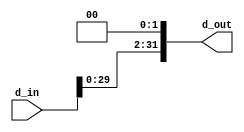
module shl2 (d_in, d_out);
  input [31:0] d_in;
  output [31:0] d_out;
  
  assign d_out = d_in << 2;
  
endmodule